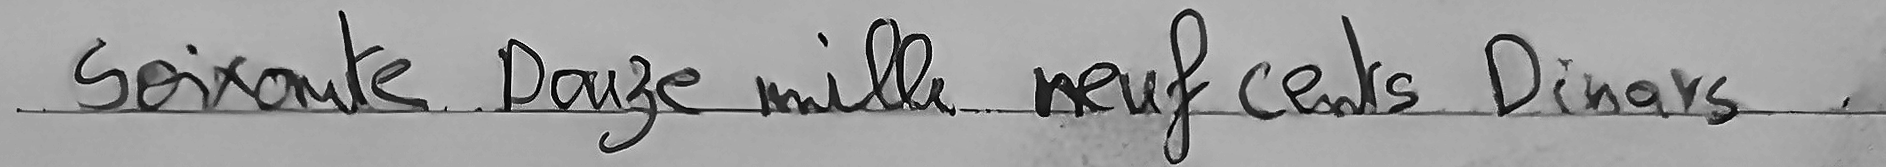
Soixante Douze mille neuf cents Dinars